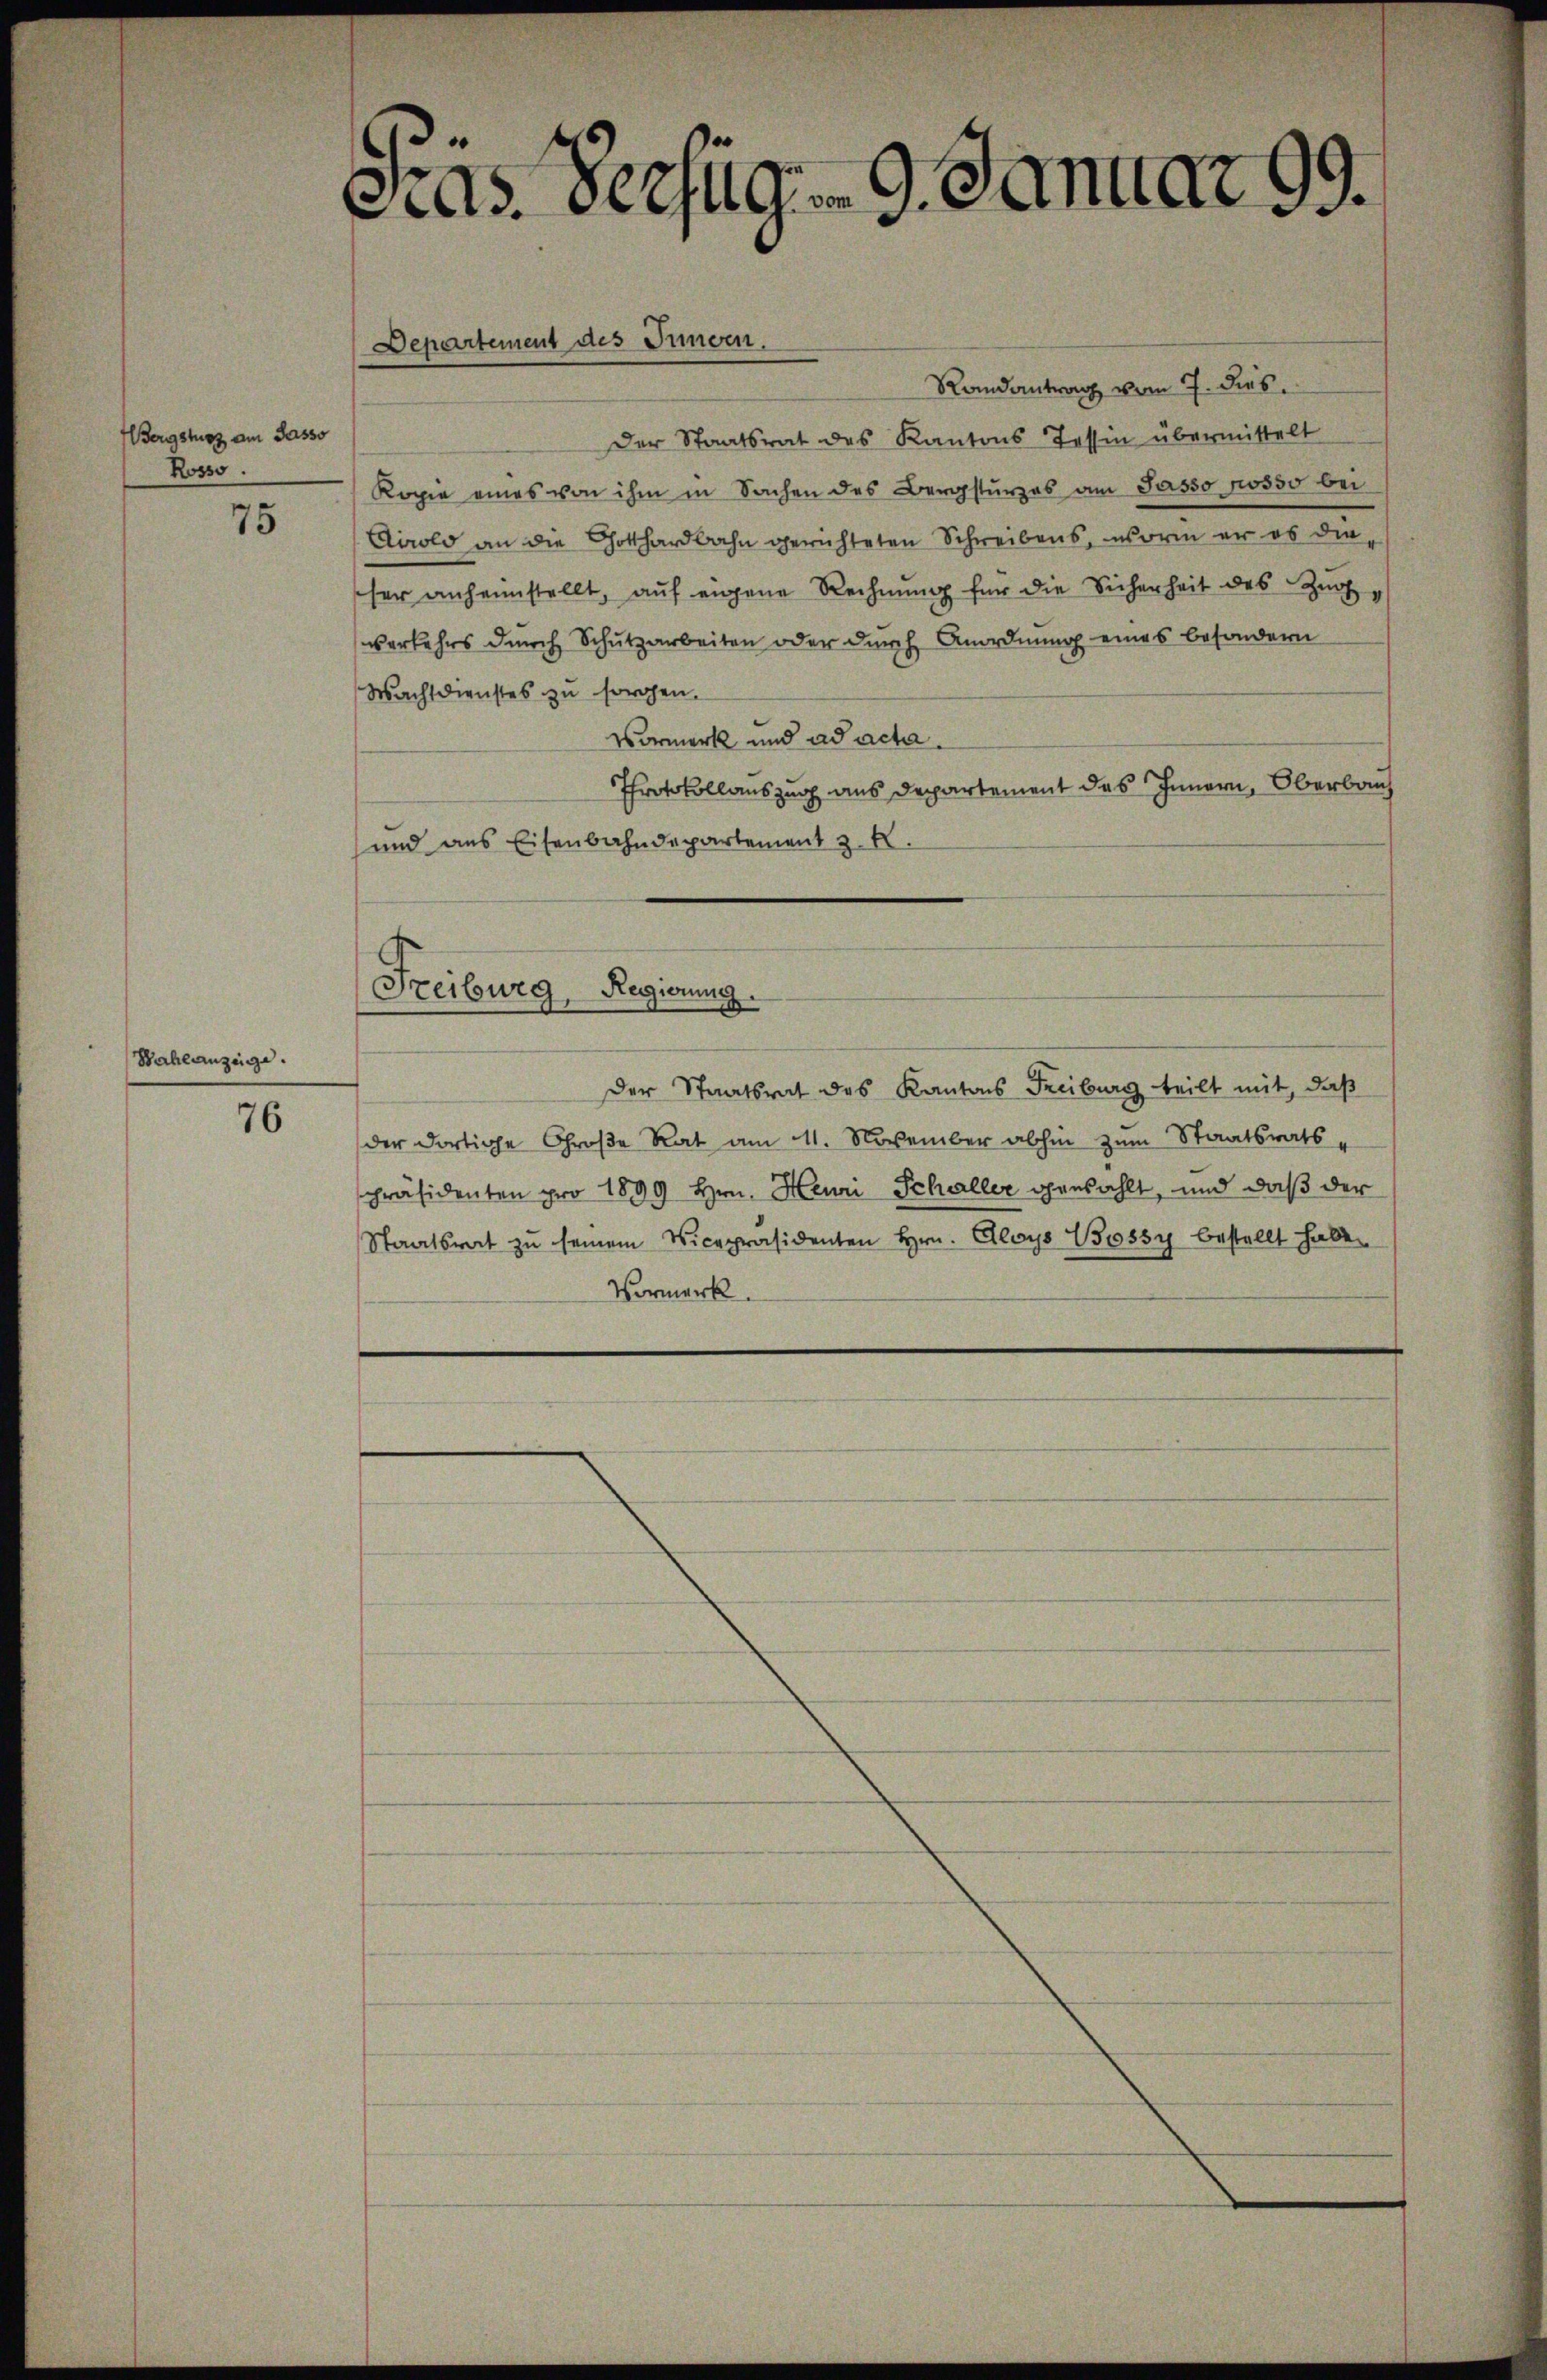
Bergsturz am Sasso
Rosso.

75

Bahlanzeige.

76

cias Verzug. 9. Januar 99.

Randantrag vom 7. dies
Der Staatsrat des Kantons Tessin übermittelt
Kopie eines von ihm in Sachen des Bergsturzes am Sasso posso bei
Airolo an die Gotthardbahn gerichteten Schreibens, worin er es dieher anheimstellt, aŭf eigene Rechnŭng für die Sicherheit des Zŭg
verkehrs durch Schutzarbeiten oder durch Anordnung eines besondern
Wachsdienstes zu sorgen.
Vormerk und ad acta.
Protokollauszug aus Departement des Innern, Oberbau
und aus Eisenbahndepartement z. B.
Freiburg, Regierung
Der Staatsrat des Kantons Freiburg teilt mit, daß
der dortige Große Rat am 11. November abhin zum Staatsrats
präsidenten pro 1899 Hrn. Heuri Schaller genzahlt, und daß der
Staatsrat zu seinem Vicepräsidenten Hrn. Aloys Bossy bestellt haben
Vormerk.

Departement des Innern.